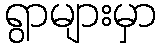
ရွာများမှာ